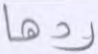
ردها